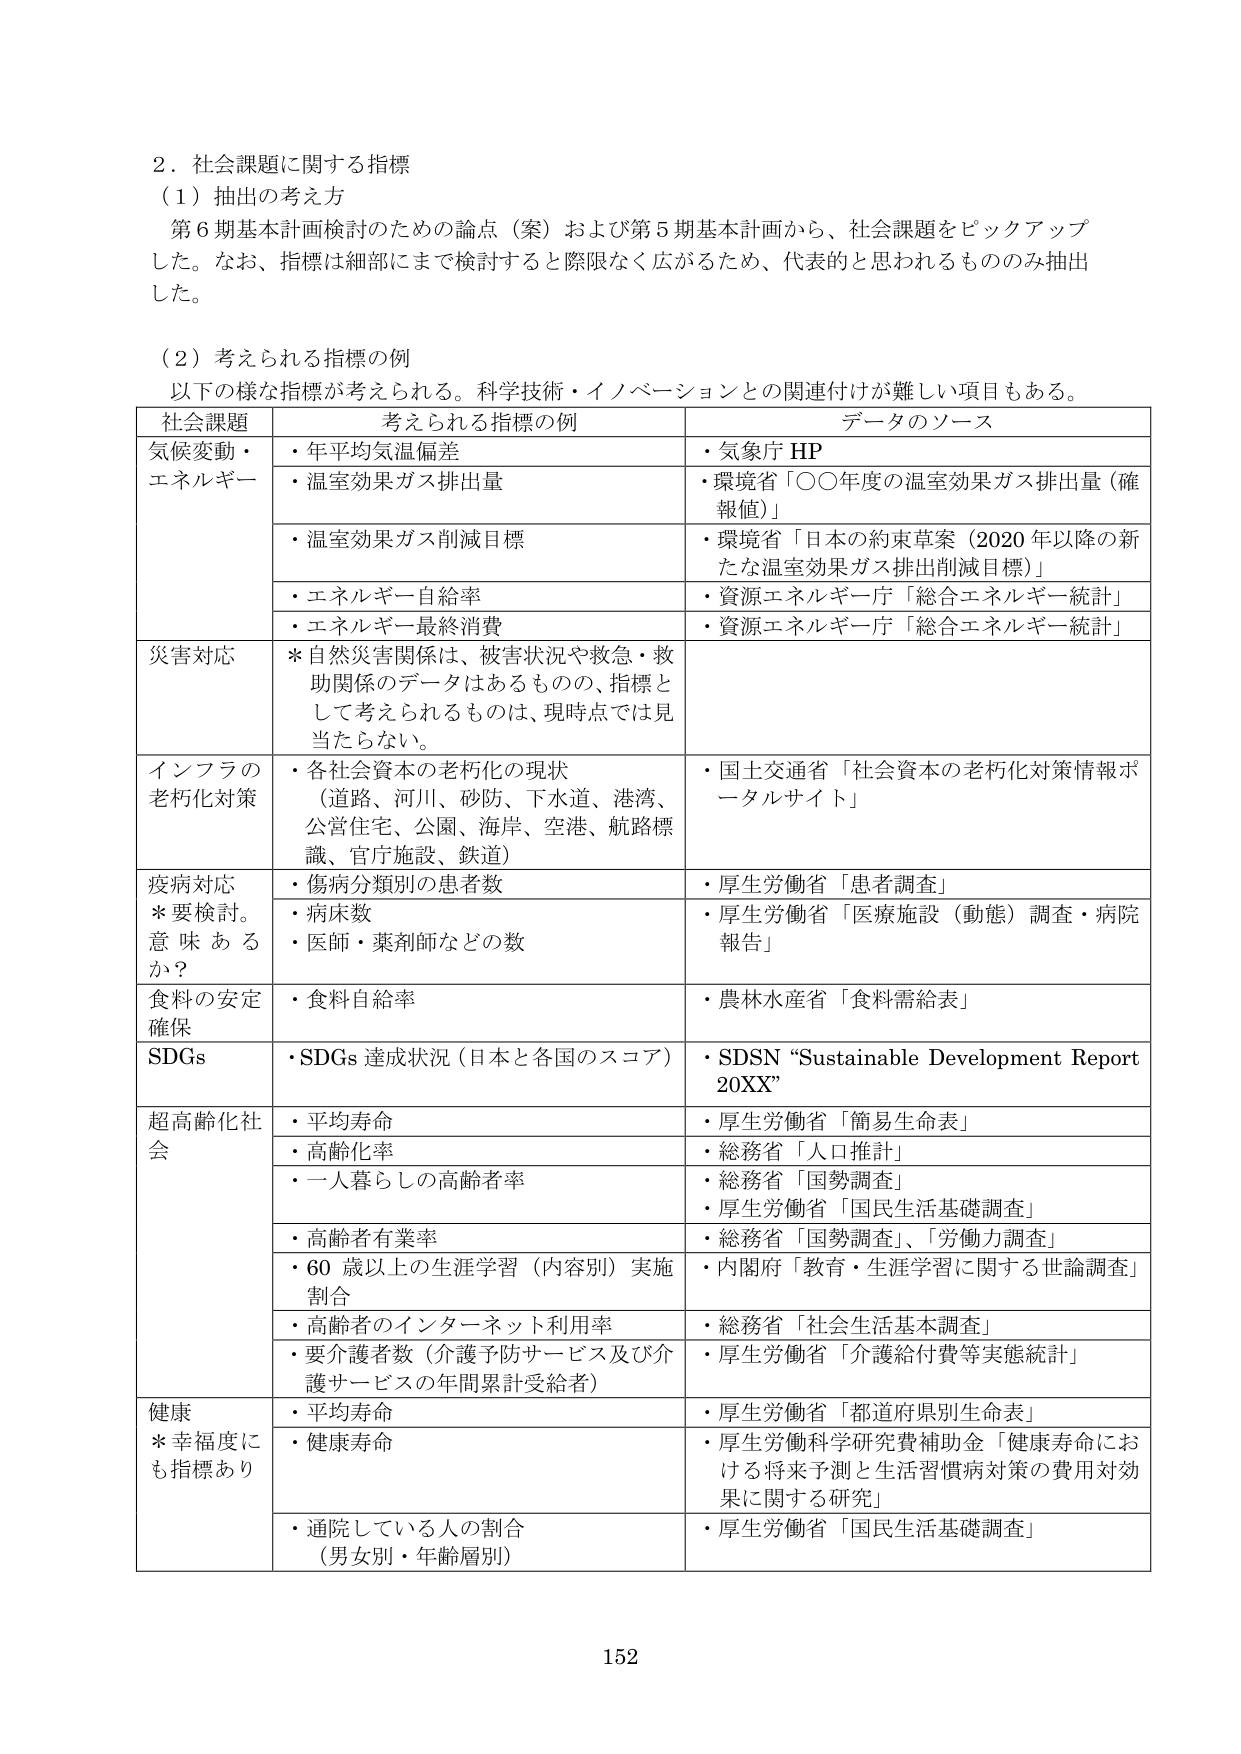
2．社会課題に関する指標
（1）抽出の考え方
第6期基本計画検討のための論点（案）および第5期基本計画から、社会課題をピックアップした。なお、指標は細部にまで検討すると際限なく広がるため、代表的と思われるもののみ抽出した。

（2）考えられる指標の例
以下の様な指標が考えられる。科学技術・イノベーションとの関連付けが難しい項目もある。

| 社会課題 | 考えられる指標の例 | データのソース |
|----------|------------------|----------------|
| 気候変動・エネルギー | ・年平均気温偏差<br>・温室効果ガス排出量 | ・気象庁 HP<br>・環境省「○○年度の温室効果ガス排出量（確報値）」 |
| | ・温室効果ガス削減目標 | ・環境省「日本の約束草案（2020年以降の新たな温室効果ガス排出削減目標）」 |
| | ・エネルギー自給率 | ・資源エネルギー庁「総合エネルギー統計」 |
| | ・エネルギー最終消費 | ・資源エネルギー庁「総合エネルギー統計」 |
| 災害対応 | ＊自然災害関係は、被害状況や救急・救助関係のデータはあるものの、指標として考えられるものは、現時点では見当たらない。 | |
| インフラの老朽化対策 | ・各社会資本の老朽化の現状（道路、河川、砂防、下水道、港湾、公営住宅、公園、海岸、空港、航路標識、官庁施設、鉄道） | ・国土交通省「社会資本の老朽化対策情報ポータルサイト」 |
| 疫病対応<br>＊要検討。意味あるか？ | ・傷病分類別の患者数 | ・厚生労働省「患者調査」 |
| | ・病床数 | ・厚生労働省「医療施設（動態）調査・病院報告」 |
| | ・医師・薬剤師などの数 | |
| 食料の安定確保 | ・食料自給率 | ・農林水産省「食料需給表」 |
| SDGs | ・SDGs達成状況（日本と各国のスコア） | ・SDSN “Sustainable Development Report 20XX” |
| 超高齢化社会 | ・平均寿命 | ・厚生労働省「簡易生命表」 |
| | ・高齢化率 | ・総務省「人口推計」 |
| | ・一人暮らしの高齢者率 | ・総務省「国勢調査」<br>・厚生労働省「国民生活基礎調査」 |
| | ・高齢者有業率 | ・総務省「国勢調査」、「労働力調査」 |
| | ・60歳以上の生涯学習（内容別）実施割合 | ・内閣府「教育・生涯学習に関する世論調査」 |
| | ・高齢者のインターネット利用率 | ・総務省「社会生活基本調査」 |
| | ・要介護者数（介護予防サービス及び介護サービスの年間累計受給者） | ・厚生労働省「介護給付費等実態統計」 |
| 健康<br>＊幸福度にも指標あり | ・平均寿命 | ・厚生労働省「都道府県別生命表」 |
| | ・健康寿命 | ・厚生労働科学研究費補助金「健康寿命における将来予測と生活習慣病対策の費用対効果に関する研究」 |
| | ・通院している人の割合（男女別・年齢層別） | ・厚生労働省「国民生活基礎調査」 |

152